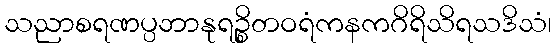
သညာစရဏပ္ပဘာနုရဉ္စိတဝရံကနကဂိရိသိရသဒိသံ၊